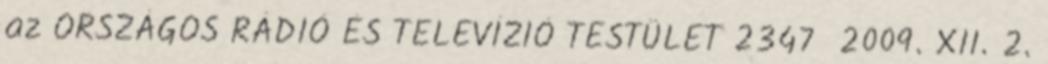
az ORSZÁGOS RÁDIÓ ÉS TELEVÍZIÓ TESTÜLET 2347 2009. XII. 2.